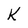
Character: K